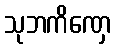
သုဘကိဏှေ